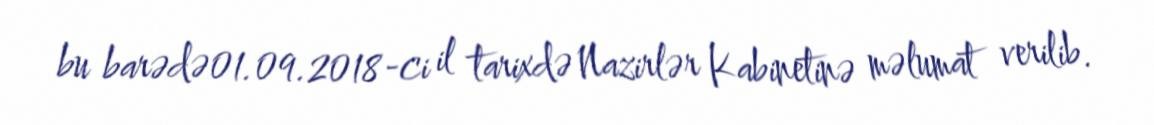
bu barədə01.09.2018-ci il tarixdə Nazirlər Kabinetinə məlumat verilib.